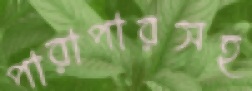
পারাপারসহ